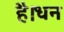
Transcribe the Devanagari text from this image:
है।धन